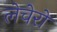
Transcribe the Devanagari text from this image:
लेचेरो